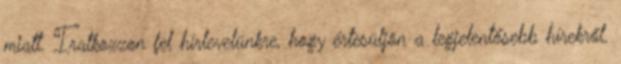
miatt. Iratkozzon fel hírlevelünkre, hogy értesüljön a legjelentősebb hírekről.